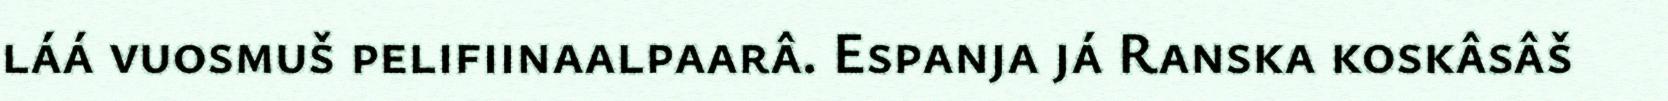
láá vuosmuš pelifiinaalpaarâ. Espanja já Ranska koskâsâš